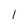
Character: l